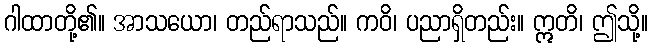
ဂါထာတို့၏။ အာသယော၊ တည်ရာသည်။ ကဝိ၊ ပညာရှိတည်း။ ဣတိ၊ ဤသို့။